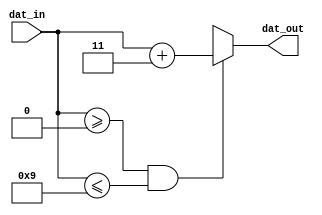

module BCD2Excess3(dat_out, dat_in);
  
  //????????
  output reg [3:0] dat_out;
  input [3:0] dat_in;
  
  //??always ?????????????????
  always @(*)
    if (dat_in >= 4'b0 && dat_in <= 4'b1001) //???????
      dat_out = dat_in +3;                   //?3????BCD?????8421??3????
    else dat_out = 4'bx;                     //???????x
  
endmodule